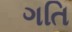
ગતિ